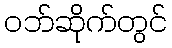
ဝဘ်ဆိုက်တွင်